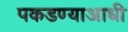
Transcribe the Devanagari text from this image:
पकडण्याआधी